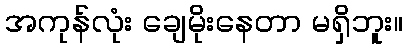
အကုန်လုံး ချေမိုးနေတာ မရှိဘူး။